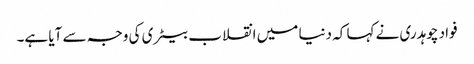
فواد چوہدری نے کہا کہ دنیا میں انقلاب بیٹری کی وجہ سے آیا ہے۔